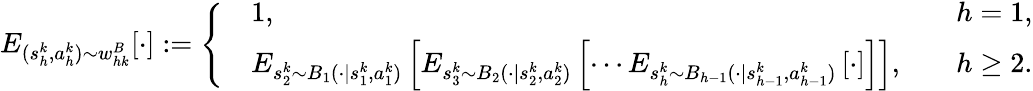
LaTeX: E_{(s_{h}^{k},a_{h}^{k})\sim w_{hk}^{B}}[\cdot]:=\left\{ \begin{array}{rlr}&{1,\quad}&{h=1,}\\ &{E_{s_{2}^{k}\sim B_{1}(\cdot\vert s_{1}^{k},a_{1}^{k})}\left[E_{s_{3}^{k}\sim B_{2}(\cdot\vert s_{2}^{k},a_{2}^{k})}\left[\cdots E_{s_{h}^{k}\sim B_{h-1}(\cdot\vert s_{h-1}^{k},a_{h-1}^{k})}\left[\cdot\right]\right]\right],\quad}&{h\geq 2.}\end{array}\right.